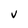
Character: V